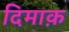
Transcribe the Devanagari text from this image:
दिमाक़